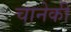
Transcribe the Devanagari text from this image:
चानेकी